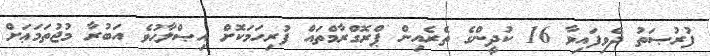
ފުރުޞަތު ދެވިފައިވާ 16 ކުދީންގެ ތެރެއިން ޕްރޮގްރާމްތައް ފުރިހަމަކޮށް އިޞްލާޙުވެ އަބުރާ މުޖުތަމަޢަށް